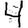
Digit: 4